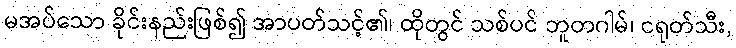
မအပ်သော ခိုင်းနည်းဖြစ်၍ အာပတ်သင့်၏၊ ထိုတွင် သစ်ပင် ဘူတဂါမ်၊ ငရုတ်သီး,